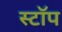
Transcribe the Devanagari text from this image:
स्टाॅप